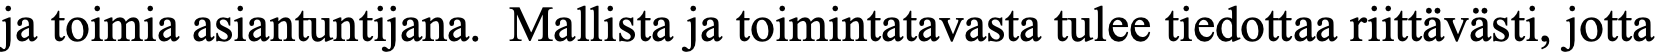
ja toimia asiantuntijana. Mallista ja toimintatavasta tulee tiedottaa riittävästi, jotta